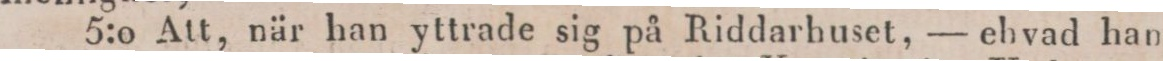
5:0 Att, när han yttrade sig på Riddarhuset, — ehvad han